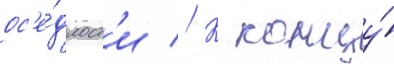
ос'е́длост'и // К концу́